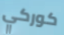
كوركي